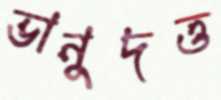
ভানুদত্ত